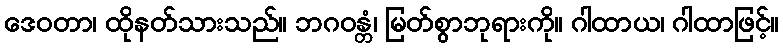
ဒေဝတာ၊ ထိုနတ်သားသည်။ ဘဂဝန္တံ၊ မြတ်စွာဘုရားကို။ ဂါထာယ၊ ဂါထာဖြင့်။